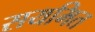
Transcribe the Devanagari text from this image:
सयमित